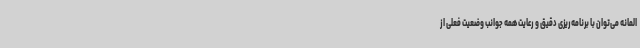
المانه می‌توان با برنامه‌ریزی دقیق و رعایت همه جوانب وضعیت فعلی از